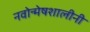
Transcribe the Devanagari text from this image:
नवोन्मेषशालीनी